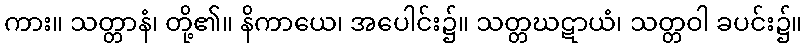
ကား။ သတ္တာနံ၊ တို့၏။ နိကာယေ၊ အပေါင်း၌။ သတ္တဃဋာယံ၊ သတ္တဝါ ခပင်း၌။